DOW-UAP-D49, Launch Summary, Vandenberg AFB, 2000
Agency: Department of War
Incident date: 2/3/00
Page 3
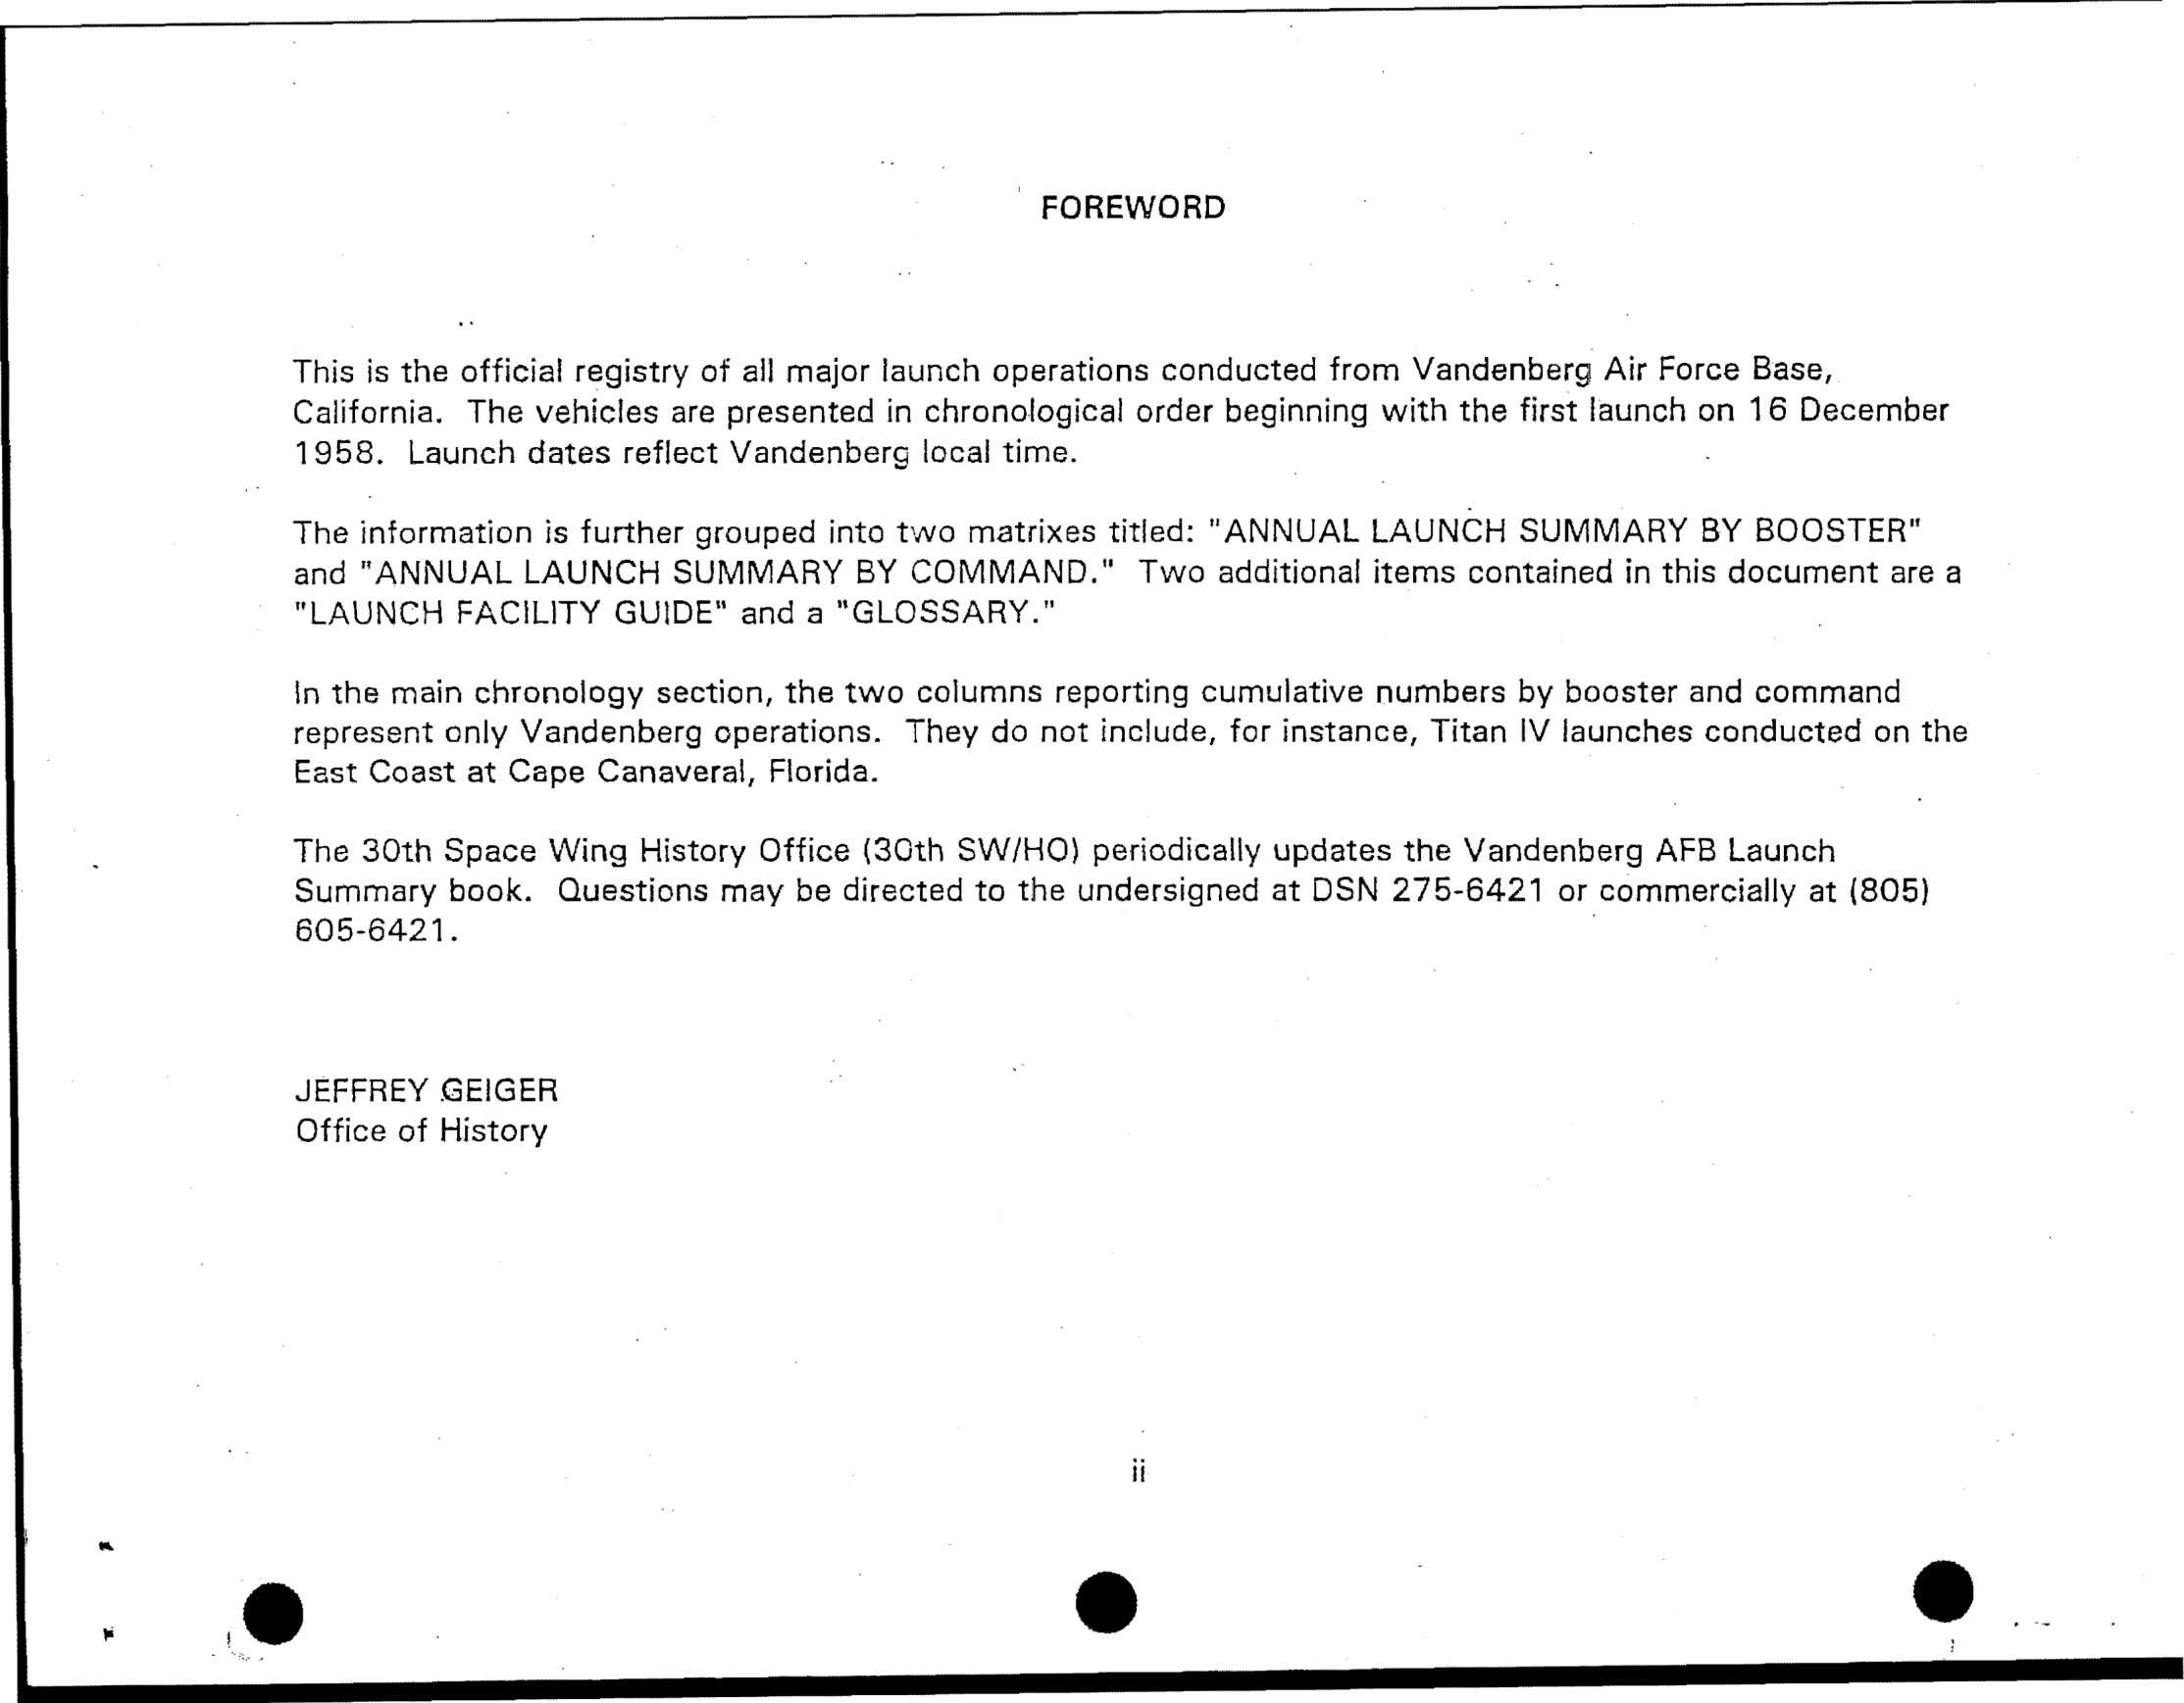